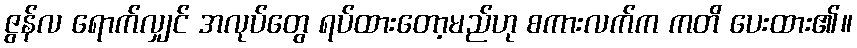
ဇွန်လ ရောက်လျှင် အလုပ်တွေ ရပ်ထားတော့မည်ဟု စကားလက်က ကတိ ပေးထား၏။